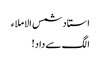
استاد شمس الاملاء
الگ سے داد!